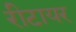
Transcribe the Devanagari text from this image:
रीटायर